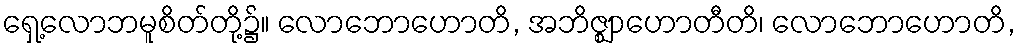
ရှေ့လောဘမူစိတ်တို့၌။ လောဘောဟောတိ, အဘိဇ္ဈာဟောတီတိ၊ လောဘောဟောတိ,